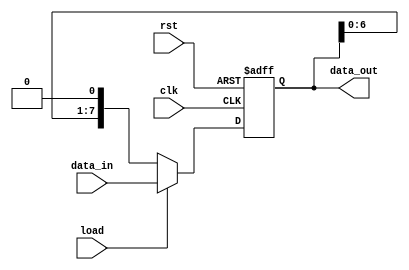
module parameterized_shift_register #(
    parameter WIDTH = 8,  // Default width of the shift register
    parameter DIR = 0     // Default direction: 0 for left shift, 1 for right shift
) (
    input wire clk,       // Clock signal
    input wire rst,       // Asynchronous reset
    input wire load,      // Load control signal
    input wire [WIDTH-1:0] data_in, // Input data bus
    output reg [WIDTH-1:0] data_out  // Output data bus
);

    // Always block triggered on the rising edge of the clock
    always @(posedge clk or posedge rst) begin
        if (rst) begin
            // Reset all bits to zero when rst is asserted
            data_out <= {WIDTH{1'b0}};
        end else if (load) begin
            // Load input data into the shift register when load signal is asserted
            data_out <= data_in;
        end else begin
            // Shift operation based on the direction parameter
            if (DIR == 0) begin
                // Shift Left: MSB out, LSB in as zero
                data_out <= {data_out[WIDTH-2:0], 1'b0};
            end else begin
                // Shift Right: LSB out, MSB in as zero
                data_out <= {1'b0, data_out[WIDTH-1:1]};
            end
        end
    end

endmodule